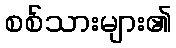
စစ်သားများ၏